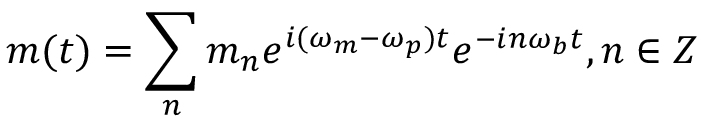
m ( t ) = \sum _ { n } m _ { n } e ^ { i ( \omega _ { m } - \omega _ { p } ) t } e ^ { - i n \omega _ { b } t } , n \in Z